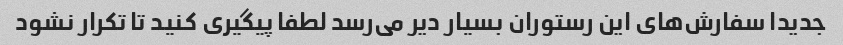
جدیدا سفارش‌های این رستوران بسیار دیر می‌رسد لطفا پیگیری کنید تا تکرار نشود